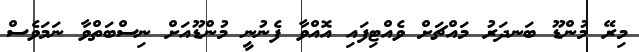
މިރޭ މުންޑޫ ބަނދަރު މައްޗަށް ވެއްޓިފައި އޮއްވާ ފެނުނީ މުންޑޫއަށް ނިސްބަތްވާ ނަމަވެސް